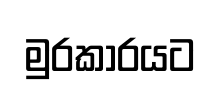
මුරකාරයට